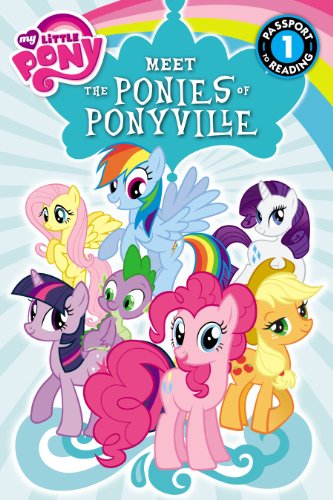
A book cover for My Little Pony: Meet the Ponies of Ponyville (Passport to Reading Level 1); Olivia London; Children's Books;